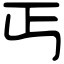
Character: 丐